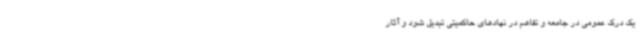
یک درک عمومی در جامعه و تفاهم در نهادهای حاکمیتی تبدیل شود و آثار